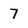
Character: 7